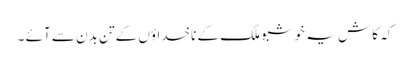
کہ کاش یہ خوشبو ملک کے ناخداؤں کے تن بدن سے آئے ۔